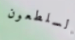
السلطعون